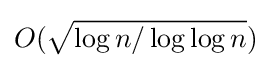
O({\sqrt {\log n/\log \log n}})